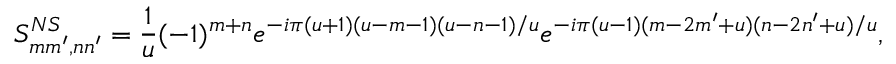
S _ { m m ^ { \prime } , n n ^ { \prime } } ^ { N S } = \frac { 1 } { u } ( - 1 ) ^ { m + n } e ^ { - i \pi ( u + 1 ) ( u - m - 1 ) ( u - n - 1 ) / u } e ^ { - i \pi ( u - 1 ) ( m - 2 m ^ { \prime } + u ) ( n - 2 n ^ { \prime } + u ) / u } ,